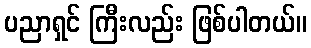
ပညာရှင် ကြီးလည်း ဖြစ်ပါတယ်။